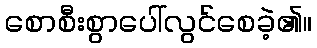
စောစီးစွာပေါ်လွင်စေခဲ့၏။